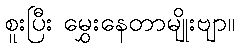
စူးပြီး မွှေးနေတာမျိုးဗျာ။